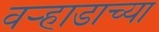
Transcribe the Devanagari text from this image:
वर्‍हाडाच्या